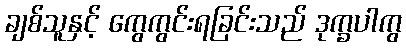
ချစ်သူနှင့် ကွေကွင်းရခြင်းသည် ဒုက္ခပါကွ